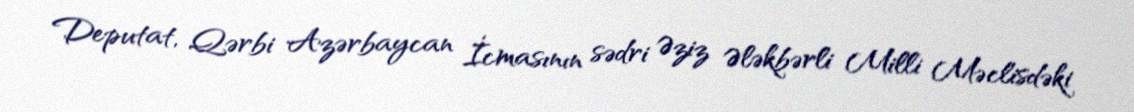
Deputat, Qərbi Azərbaycan İcmasının sədri Əziz Ələkbərli Milli Məclisdəki